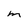
Character: m